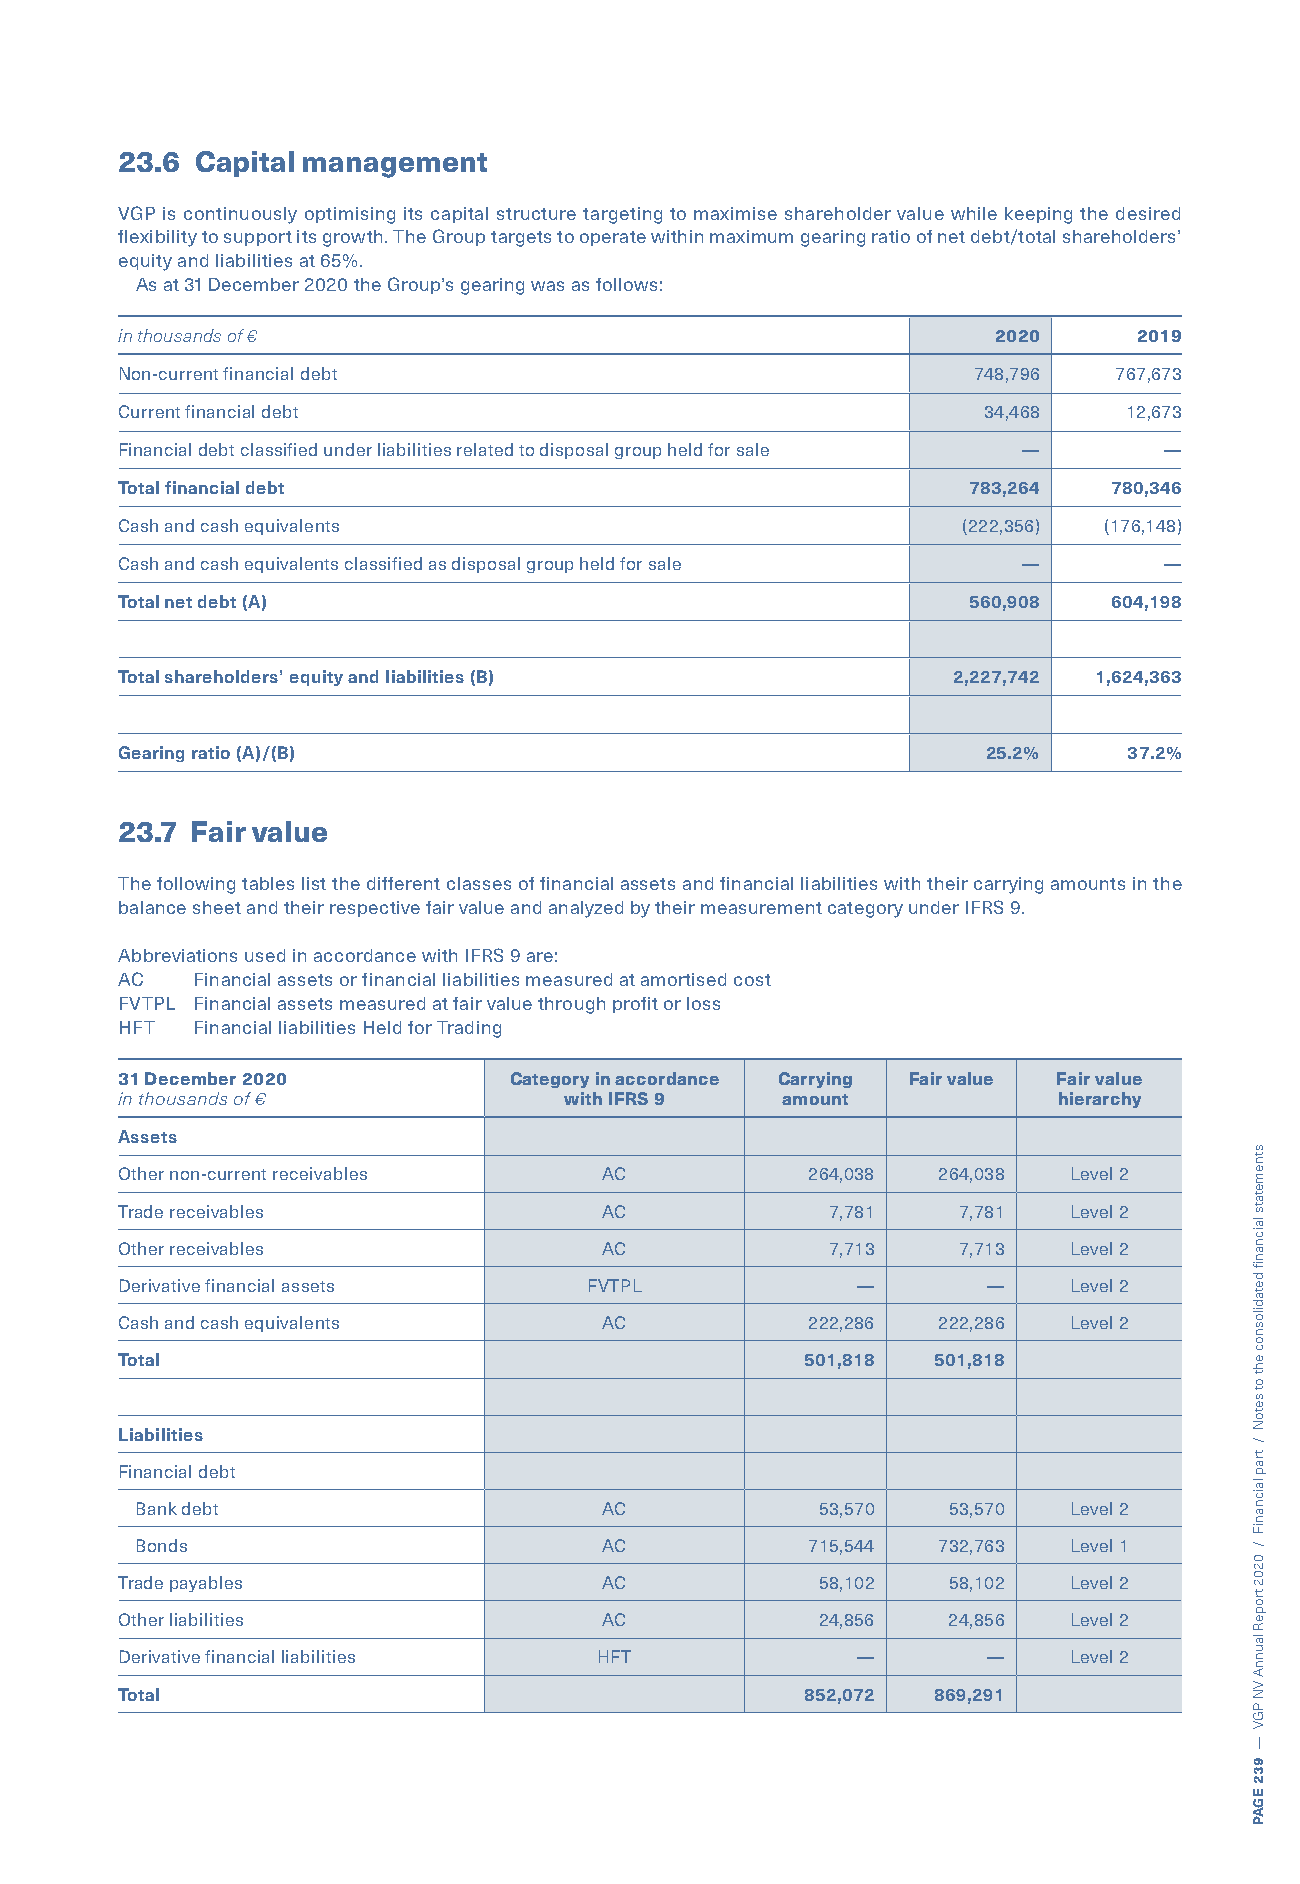
23.6 Capital management
 VGP is continuously optimising its capital structure targeting to maximise shareholder value while keeping the desired
 flexibility to support its growth. The Group targets to operate within maximum gearing ratio of net debt/total shareholders’
 equity and liabilities at 65%.
 As at 31 December 2020 the Group’s gearing was as follows:
 in thousands of €                                         2020     2019
 Non-current financial debt                              748,796   767,673
 Current financial debt                                   34,468   12,673
 Financial debt classified under liabilities related to disposal group held for sale — —
 Total financial debt                                    783,264  780,346
 Cash and cash equivalents                               (222,356) (176,148)
 Cash and cash equivalents classified as disposal group held for sale — —
 Total net debt (A)                                      560,908  604,198
 Total shareholders’ equity and liabilities (B)         2,227,742 1,624,363
 Gearing ratio (A)/(B)                                    25.2%     37.2%
 23.7 Fair value
 The following tables list the different classes of financial assets and financial liabilities with their carrying amounts in the
 balance sheet and their respective fair value and analyzed by their measurement category under IFRS 9.
 Abbreviations used in accordance with IFRS 9 are:
 AC   Financial assets or financial liabilities measured at amortised cost
 FVTPL Financial assets measured at fair value through profit or loss
 HFT  Financial liabilities Held for Trading
 31 December 2020          Category in accordance Carrying Fair value Fair value
 in thousands of €            with IFRS 9    amount            hierarchy
 Assets
 Other non-current receivables   AC           264,038  264,038  Level 2
 Trade receivables               AC             7,781   7,781   Level 2
 Other receivables               AC             7,713   7,713   Level 2
 Derivative financial assets    FVTPL             —       —     Level 2
 Cash and cash equivalents       AC           222,286  222,286  Level 2
 Total                                        501,818  501,818
 Liabilities
 Financial debt
 Bank debt                      AC            53,570   53,570  Level 2
 Bonds                          AC           715,544  732,763  Level 1
 Trade payables                  AC            58,102   58,102  Level 2
 Other liabilities               AC            24,856   24,856  Level 2
 Derivative financial liabilities HFT             —       —     Level 2
 Total                                        852,072  869,291
 stnemetats
 laicnanif
 detadilosnoc
 eht
 ot
 setoN
 /
 trap
 laicnaniF
 /
 0202
 tropeR
 launnA
 VN
 PGV
 —
 932
 EGAP